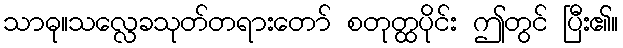
သာဓု။သလ္လေခသုတ်တရားတော် စတုတ္ထပိုင်း ဤတွင် ပြီး၏။